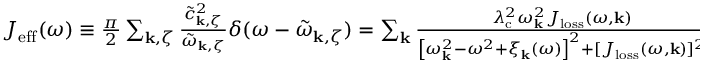
\begin{array} { r } { J _ { \mathrm { e f f } } ( \omega ) \equiv \frac { \pi } { 2 } \sum _ { \mathbf { k } , \zeta } \frac { \tilde { c } _ { \mathbf { k } , \zeta } ^ { 2 } } { \tilde { \omega } _ { \mathbf { k } , \zeta } } \delta ( \omega - \tilde { \omega } _ { \mathbf { k } , \zeta } ) = \sum _ { \mathbf { k } } \frac { \lambda _ { \mathrm { c } } ^ { 2 } \omega _ { \mathbf { k } } ^ { 2 } J _ { \mathrm { l o s s } } ( \omega , \mathbf { k } ) } { \left[ \omega _ { \mathbf { k } } ^ { 2 } - \omega ^ { 2 } + \xi _ { \mathbf { k } } ( \omega ) \right] ^ { 2 } + [ J _ { \mathrm { l o s s } } ( \omega , \mathbf { k } ) ] ^ { 2 } } , } \end{array}